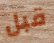
قبل